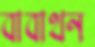
বাবাথন